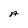
Character: A